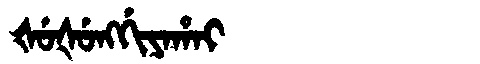
Manchu: ᡧᡠᡧᡠᠩᡤᡳᠶᠠᡥᠠᡳ
Romanization: ŠUŠUNGGIYAHAI